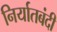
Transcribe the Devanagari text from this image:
निर्यातबंदी